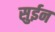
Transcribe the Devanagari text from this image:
सुईन